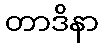
တာဒိနာ